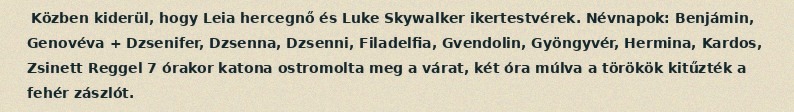
Közben kiderül, hogy Leia hercegnő és Luke Skywalker ikertestvérek. Névnapok: Benjámin, Genovéva + Dzsenifer, Dzsenna, Dzsenni, Filadelfia, Gvendolin, Gyöngyvér, Hermina, Kardos, Zsinett Reggel 7 órakor katona ostromolta meg a várat, két óra múlva a törökök kitűzték a fehér zászlót.